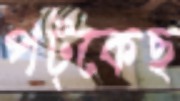
পট্‌কেছ